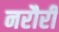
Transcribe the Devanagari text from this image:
नरौरी